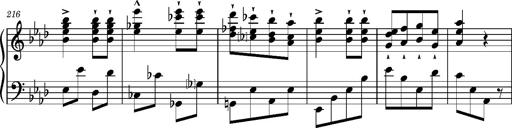
Title: Magyar rapszÃ³diÃ¡k
Composer: Franz Liszt